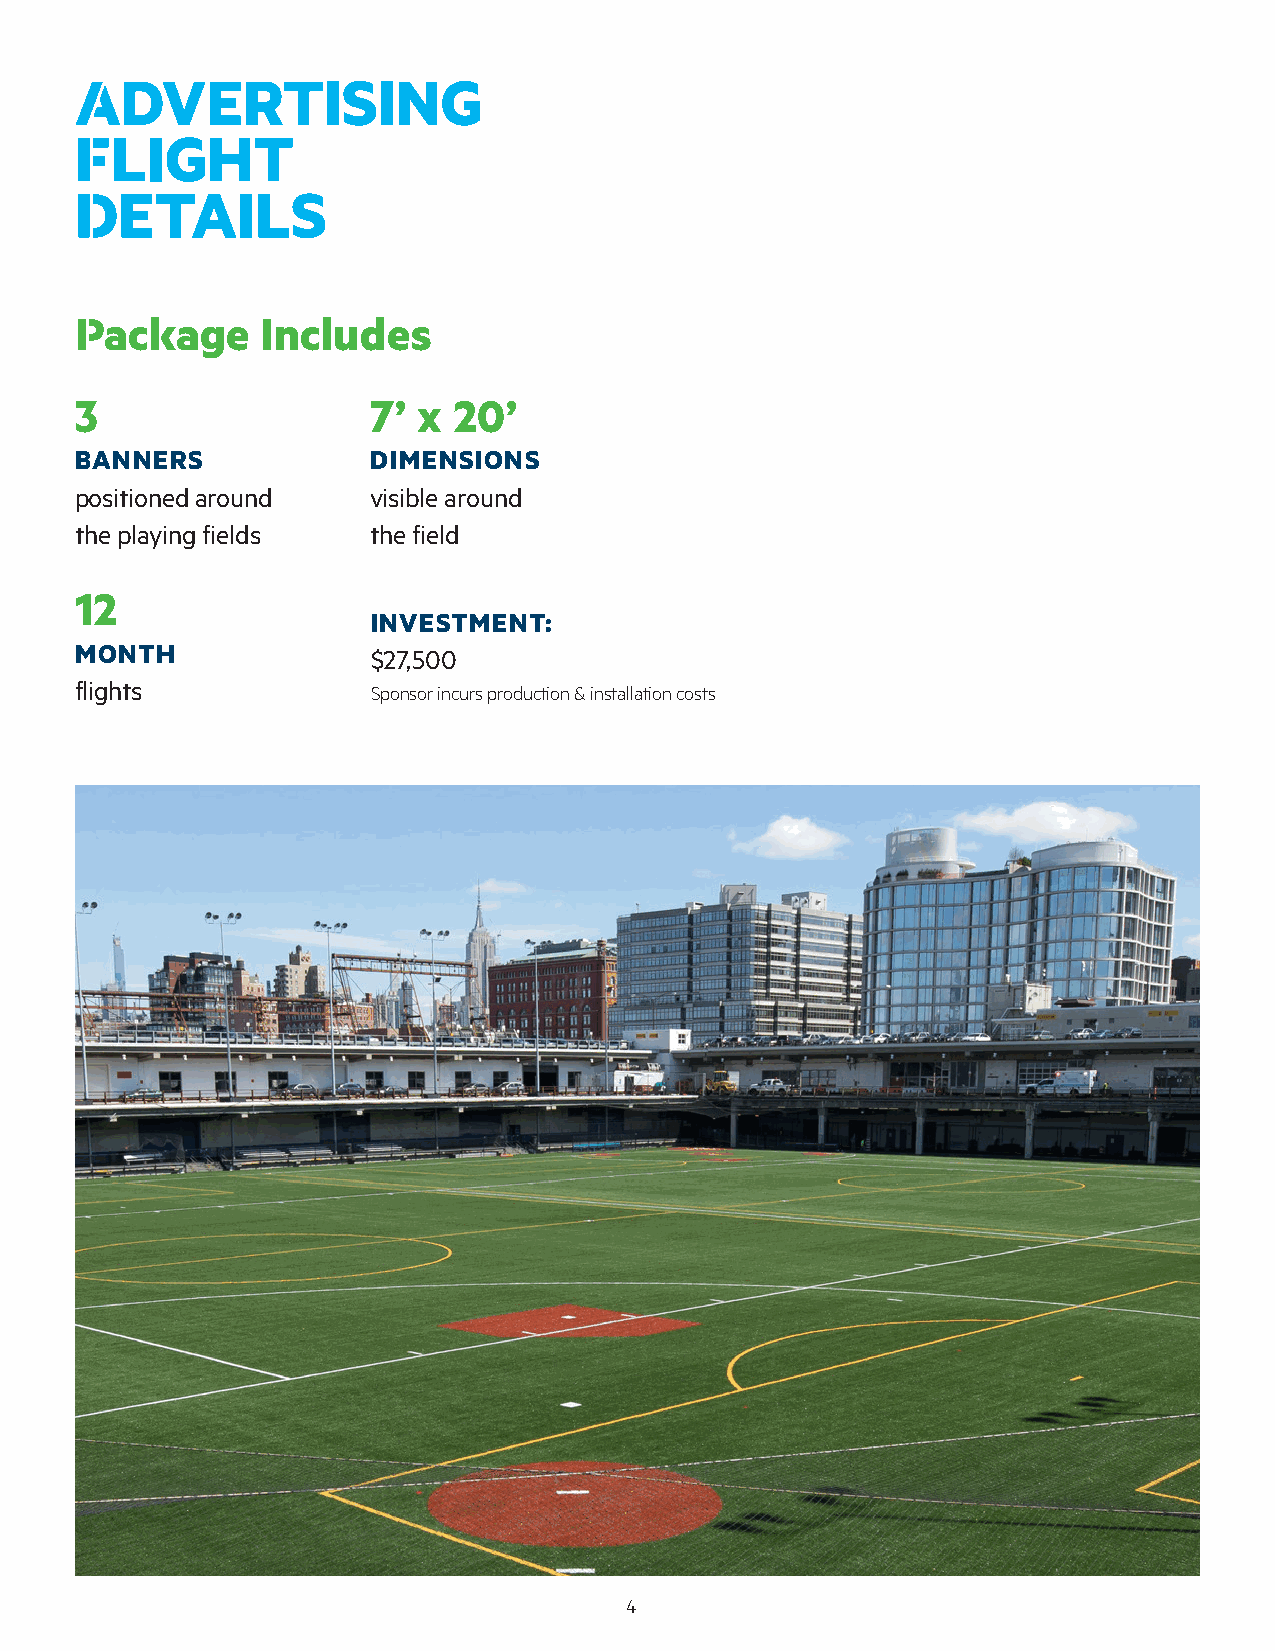
ADVERTISING
 FLIGHT
 DETAILS
 Package     Includes
 3                   7’ x 20’
 BANNERS             DIMENSIONS
 positioned around   visible around
 the playing fields  the field
 12
 INVESTMENT:
 MONTH               $27,500
 flights
 Sponsor incurs production & installation costs
 4